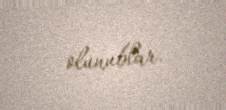
olunublar.